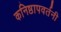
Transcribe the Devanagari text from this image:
कनिष्ठापवर्तनी